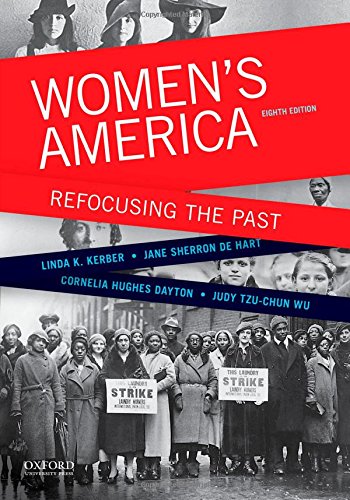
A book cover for Women's America: Refocusing the Past; Linda K. Kerber; Politics & Social Sciences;